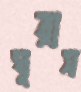
ঘুরাস